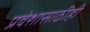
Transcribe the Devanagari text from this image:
प्रवेशासाठीही